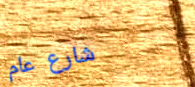
شارع عام